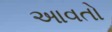
આવતો